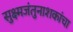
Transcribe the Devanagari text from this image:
सुक्ष्मजंतुनाशकांचा